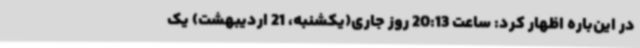
در این‌باره اظهار کرد: ساعت 20:13 روز جاری(یکشنبه، 21 اردیبهشت) یک